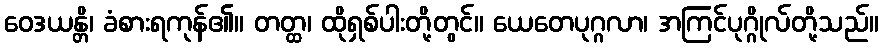
ဝေဒယန္တိ၊ ခံစားရကုန်၏။ တတ္ထ၊ ထိုရှစ်ပါးတို့တွင်။ ယေတေပုဂ္ဂလာ၊ အကြင်ပုဂ္ဂိုလ်တို့သည်။